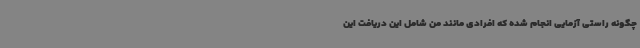
چگونه راستی آزمایی انجام شده که افرادی مانند من شامل این دریافت این